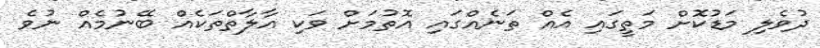
ދުވެލި މަޑުކޮށް މަތީގައި އެއް ތަނެއްގައި އޮތުމަށް ވަކި އާލާތްތަކެއް ބޭނުމެއް ނުވެ